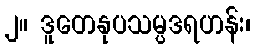
၂။ ဒူတေနုပသမ္ပဒရဟန်း၊